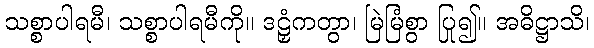
သစ္စာပါရမီ၊ သစ္စာပါရမီကို။ ဒဠှံကတွာ၊ မြဲမြံစွာ ပြု၍။ အဓိဋ္ဌာသိ၊